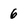
Character: 6